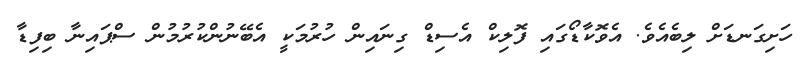
ހަށިގަނޑަށް ލިބެއެވެ. އެވޮކާޑޯގައި ފޮލިކް އެސިޑް ގިނައިން ހުރުމަކީ އެބޭނުންކުރުމުން ސްޕައިނާ ބިފިޑާ